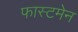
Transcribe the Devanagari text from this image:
फास्टमेन